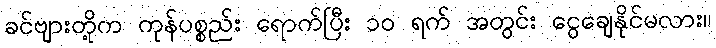
ခင်ဗျားတို့က ကုန်ပစ္စည်း ရောက်ပြီး ၁၀ ရက် အတွင်း ငွေချေနိုင်မလား။